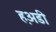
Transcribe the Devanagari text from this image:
ह़अडी